Report on vaccination in Madras 1895-1903 - 1895-1903
Year: 1895
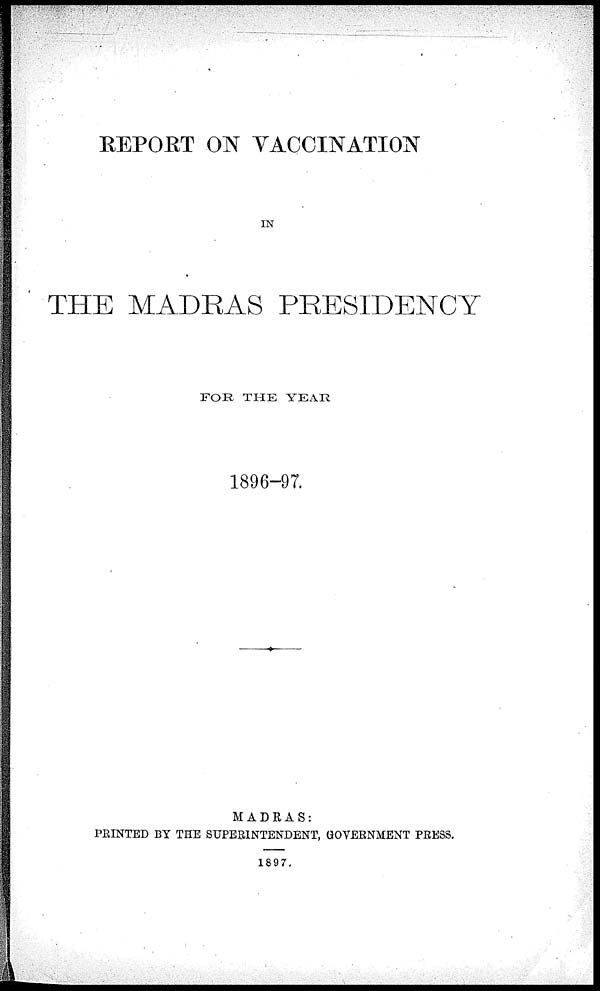
REPORT ON VACCINATION
IN
THE MADRAS PRESIDENCY
FOR THE YEAR
1896-97.
MADRAS:
PRINTED BY THE SUPERINTENDENT, GOVERNMENT PRESS.
1897.